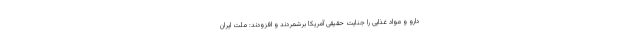
دارو و مواد غذایی را جنایت حقیقی آمریکا برشمردند و افزودند: ملت ایران